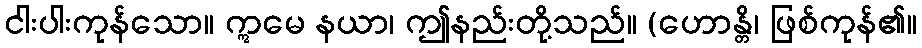
ငါးပါးကုန်သော။ ဣမေ နယာ၊ ဤနည်းတို့သည်။ (ဟောန္တိ၊ ဖြစ်ကုန်၏။